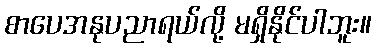
စာပေအနုပညာရယ်လို့ မရှိနိုင်ပါဘူး။